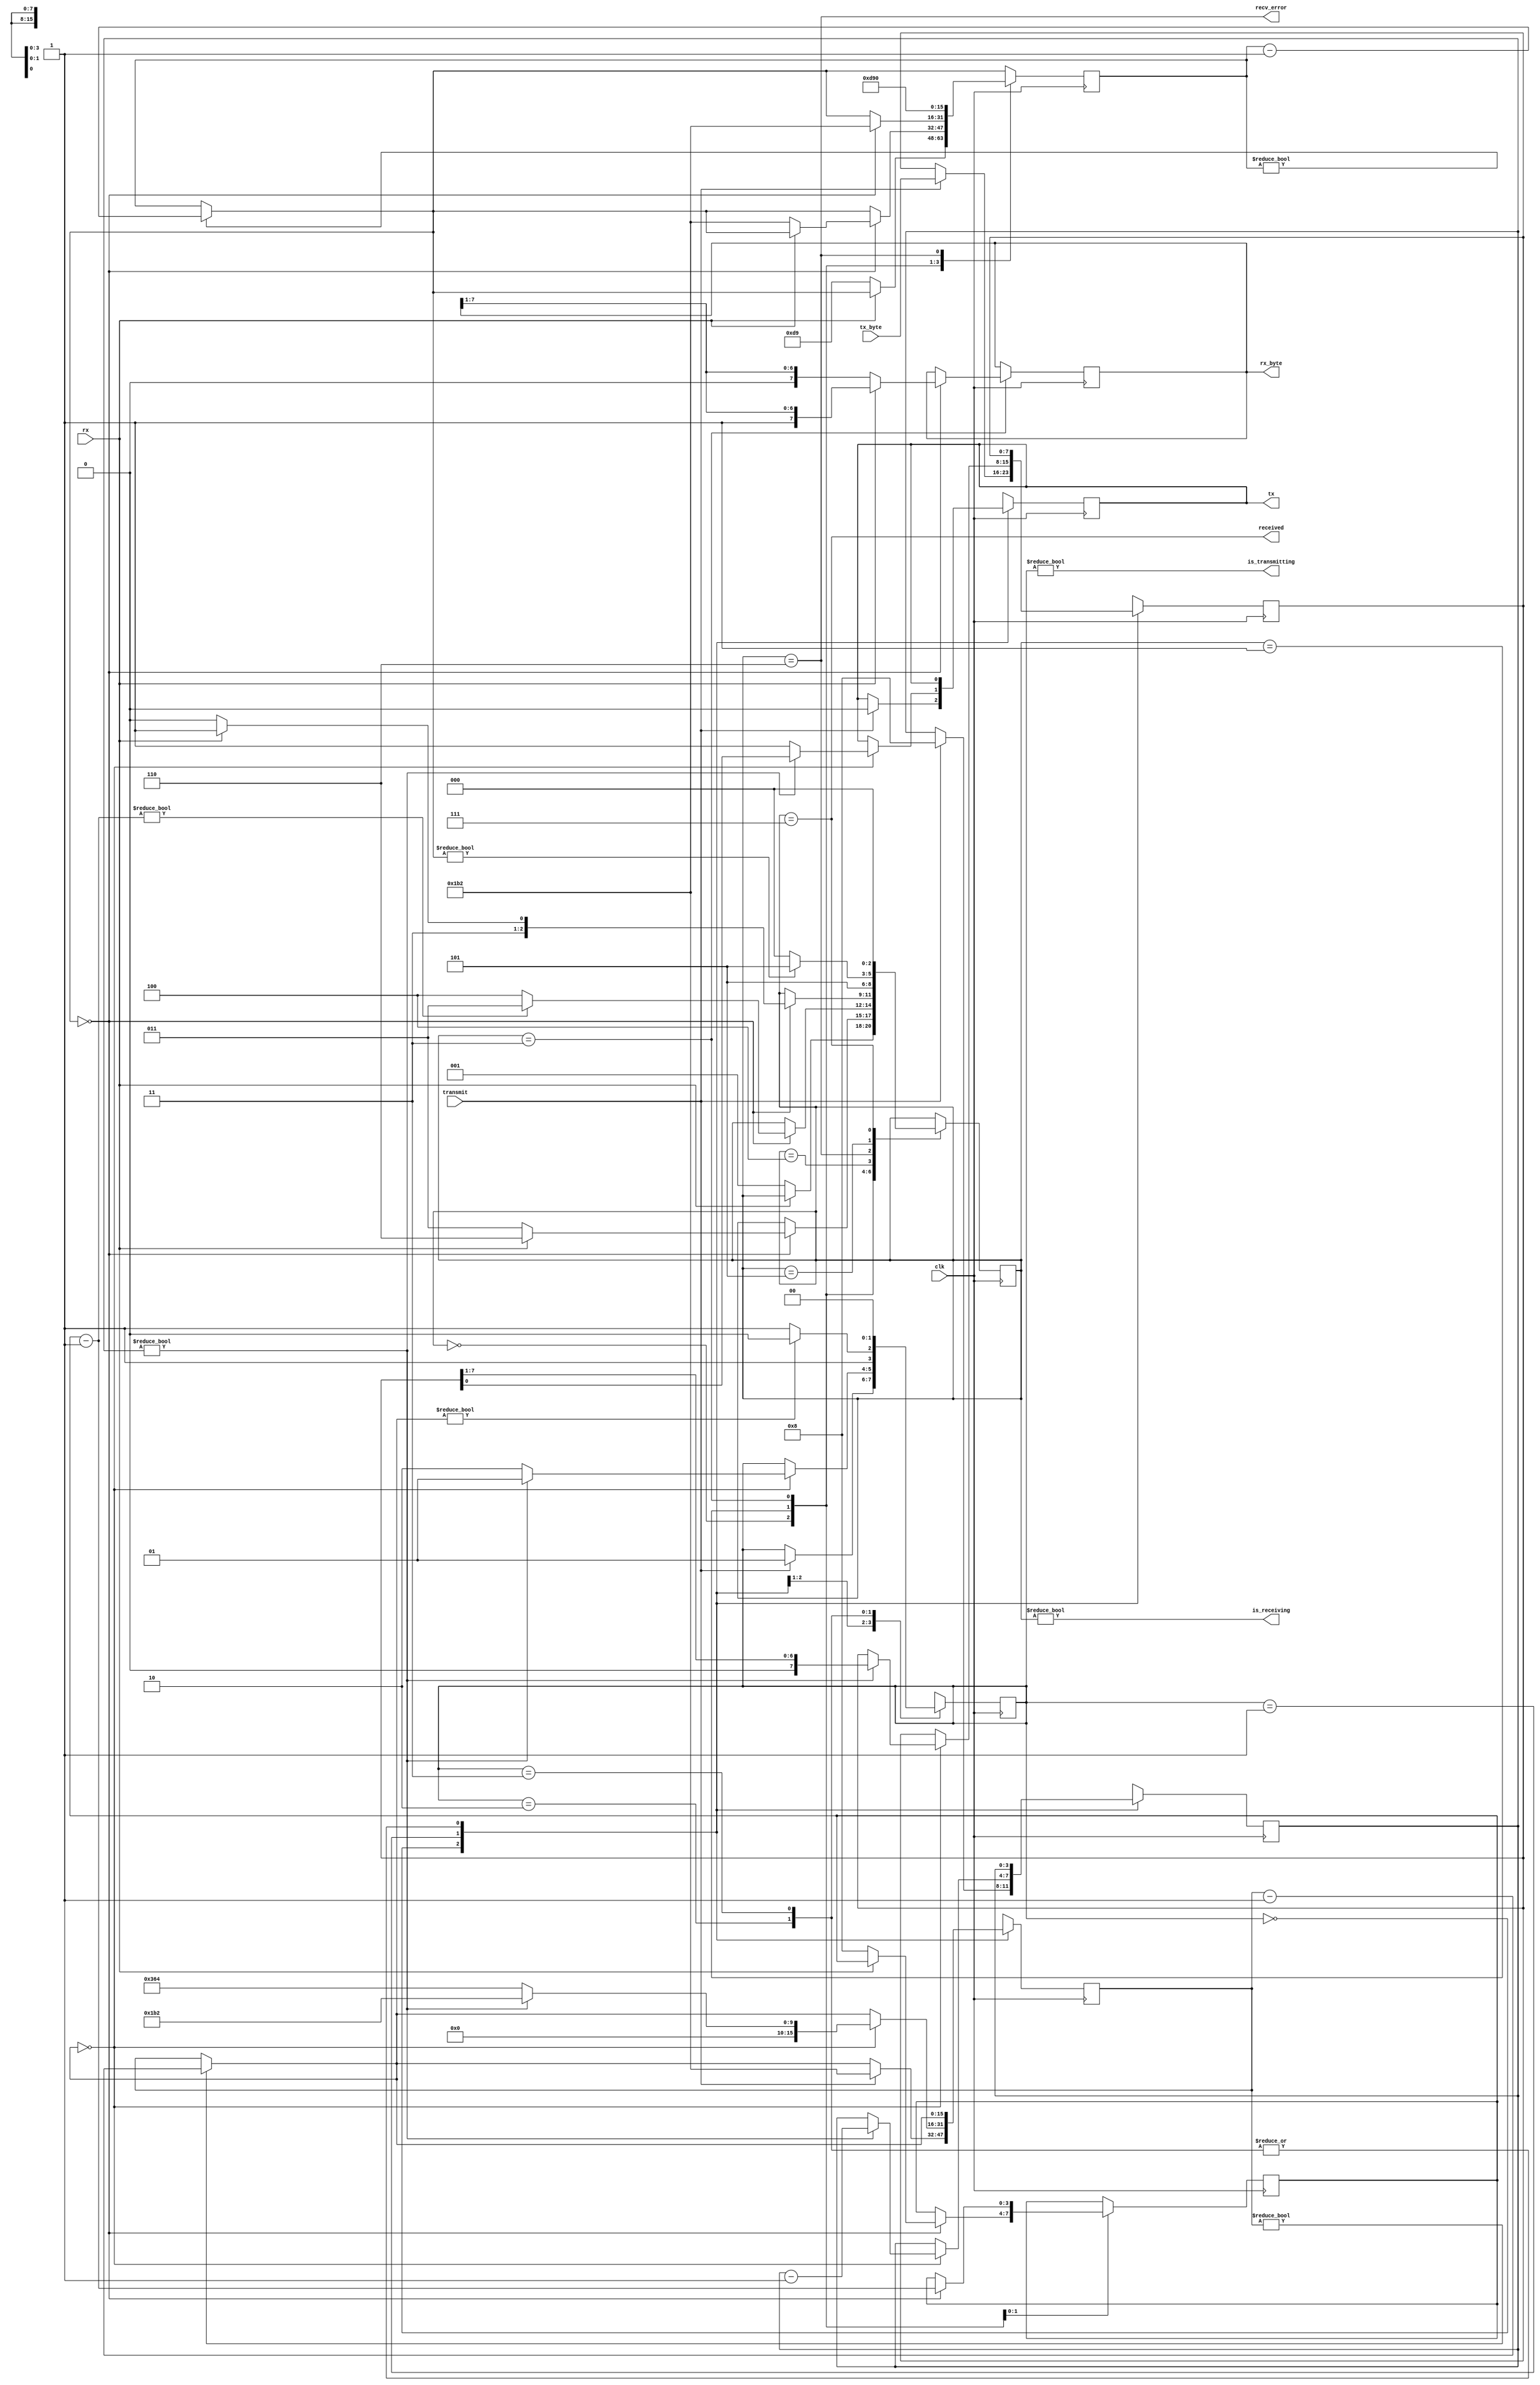
`timescale 1ns / 1ps

 module uart(
    input clk,                  // The 100 MHz master clock for this module
    output tx,                  // Outgoing serial line
    input rx,                   // Incoming serial line
	 input transmit,             // Assert to begin transmission
    input [7:0] tx_byte,        // Byte to transmit
	 output received,            // Indicates that a byte has been received
    output [7:0] rx_byte,       // Byte received
    output wire is_receiving,   // Low when receive line is idle.
	 output wire recv_error,     // Indicates error in receiving packet.
    output wire is_transmitting // Low when transmit line is idle.
);

//  localparam baud_rate = 115200;
	 localparam baud_rate = 230400;    
    localparam sys_clk_freq = 100000000;
    localparam one_baud_cnt = sys_clk_freq / (baud_rate);

//** SYMBOLIC STATE DECLARATIONS ******************************
    localparam [2:0]     
        RX_IDLE             = 3'd0, 
        RX_CHECK_START      = 3'd1, 
        RX_SAMPLE_BITS      = 3'd2,
        RX_READ_BITS        = 3'd3,      
        RX_CHECK_STOP       = 3'd4, 
        RX_DELAY_RESTART    = 3'd5,
        RX_ERROR            = 3'd6,      
        RX_RECEIVED         = 3'd7; 
    localparam [1:0]     
        TX_IDLE             = 2'd0,
        TX_SENDING          = 2'd1,
        TX_DELAY_RESTART    = 2'd2,
        TX_RECOVER          = 2'd3;
  
  
//** SIGNAL DECLARATIONS **************************************
	 
	 reg [15:0] rx_clk; //
    reg [15:0] tx_clk; //
	 reg [2:0] recv_state = RX_IDLE;
    reg [3:0] rx_bits_remaining;
    reg [7:0] rx_data;
	 
    reg tx_out = 1'b1;
    reg [1:0] tx_state = TX_IDLE;
    reg [3:0] tx_bits_remaining;
    reg [7:0] tx_data;
    reg reg_transmitting=1'b0; 

//** ASSIGN STATEMENTS ****************************************
	 assign received = (recv_state == RX_RECEIVED);
    assign recv_error = (recv_state == RX_ERROR);
    assign is_receiving = (recv_state != RX_IDLE);
    assign rx_byte = rx_data;

    assign tx = tx_out;
	 assign is_transmitting=(tx_state!=TX_IDLE);
    
//** Body *****************************************************

    always @(posedge clk) 
	 begin
        // Countdown timers for the receiving and transmitting
        // state machines are decremented.
        if(rx_clk) 
		  begin
            rx_clk = rx_clk - 1'd1;
        end
		  
        if(tx_clk) 
		  begin
            tx_clk = tx_clk - 1'd1;
        end
//** Receive state machine ************************************
        case (recv_state)
            RX_IDLE: 
				begin
                // A low pulse on the receive line indicates the
                // start of data.
                if (!rx) 
					 begin
                    // Wait 1/2 of the bit period
                    rx_clk=one_baud_cnt/2; // 
						  //Original rx_clk = one_baud_cnt / 2;
	                 recv_state = RX_CHECK_START;
                end
            end
				RX_CHECK_START: 
				begin
                if (!rx_clk) 
					 begin
                    // Check the pulse is still there
                    if (!rx) 
						  begin
                        // Pulse still there - good
                        //  
                        rx_clk = one_baud_cnt; 
                        rx_bits_remaining = 8;  
                        recv_state = RX_READ_BITS;
                     end else begin
                        // Pulse did not last -
                        // not a valid transmission.
                        recv_state = RX_ERROR;
                    end
                end
            end

			   RX_READ_BITS: 
				begin
                if (!rx_clk) 
					 begin
                    // Start to read the bits at the middle 
                    if (rx) 
						  begin
                        rx_data = {1'd1, rx_data[7:1]};
                    end 
						  else 
						  begin
                        rx_data = {1'd0, rx_data[7:1]};
                    end
                    
                    rx_clk = one_baud_cnt;// Next reading should be at the middle
                    rx_bits_remaining = rx_bits_remaining - 1'd1;
                    if(rx_bits_remaining)
						  begin
                        recv_state = RX_READ_BITS;
                    end 
						  else 
						  begin
                        recv_state = RX_CHECK_STOP;
                        rx_clk = one_baud_cnt;
                    end
                end
            end
				RX_CHECK_STOP: 
				begin
                if (!rx_clk) 
					 begin
                    // Should resume half-way through the stop bit
                    // This should be high - if not, reject the
                    // transmission and signal an error.
                    recv_state = rx ? RX_RECEIVED : RX_ERROR;
                end
            end
				RX_ERROR: 
				begin
                // There was an error receiving.
                // Raises the recv_error flag for one clock
                // cycle while in this state and then waits
                // 1 byte periods before accepting another
                // transmission.
                rx_clk = 8 * one_baud_cnt;
                recv_state = RX_DELAY_RESTART;
            end
				RX_DELAY_RESTART: 
				begin
                // Waits a set number of cycles before accepting
                // another transmission.
                recv_state = rx_clk ? RX_DELAY_RESTART : RX_IDLE;
            end
				RX_RECEIVED: begin
                // Successfully received a byte.
                // Raises the received flag for one clock
                // cycle while in this state.
                recv_state = RX_IDLE;
            end
		  endcase
		  
           
//** Transmit state machine ***********************************

        case (tx_state)
            TX_IDLE: 
				begin
                if (transmit) 
					 begin
                    tx_data = tx_byte;
                    tx_clk = one_baud_cnt;
                    tx_out = 0;	// start bit
                    tx_bits_remaining = 8;
                    tx_state = TX_SENDING;
						  reg_transmitting =1;// New
                end
            end
            
            TX_SENDING: 
				begin
                if (!tx_clk) 
					 begin
                    if (tx_bits_remaining) 
								begin
                        tx_bits_remaining = tx_bits_remaining - 1'd1;
                        // order of transmitting bits is LSB first: MSB last
								tx_out = tx_data[0];	
                        tx_data = {1'b0, tx_data[7:1]};// shifting to right
                        tx_clk = one_baud_cnt;
                        tx_state = TX_SENDING;
								end 
							else 
								begin
                        // Set delay to send out 2 stop bits.
                        tx_out = 1;
                        // 
								tx_clk = 2 * one_baud_cnt; 
                        tx_state = TX_DELAY_RESTART;
								end
                end
            end
            
            TX_DELAY_RESTART: 
				begin
                // Wait until tx_countdown reaches the end before
                // we send another transmission. This covers the
                // "stop bit" delay.
                tx_state = tx_clk ? TX_DELAY_RESTART : TX_RECOVER;// TX_IDLE;
            end
            
            TX_RECOVER: begin
                // I have changed this from original: biju
                tx_state = TX_IDLE;
            end
            
        endcase
    end

endmodule